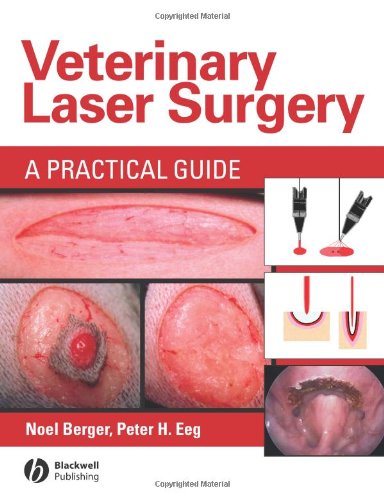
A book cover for Veterinary Laser Surgery: A Practical Guide; Noel Berger; Medical Books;